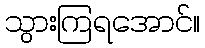
သွားကြရအောင်။